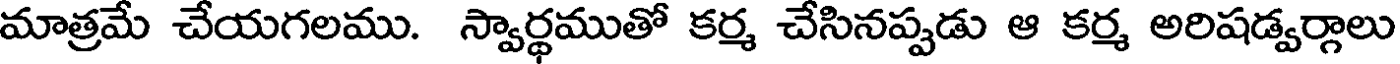
మాత్రమే చేయగలము. స్వార్థముతో కర్మ చేసినప్పడు ఆ కర్మ అరిషడ్వర్గాలు